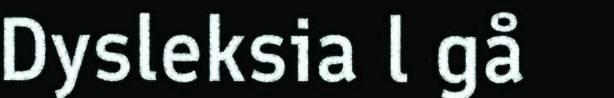
Dysleksia l gå